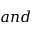
a n d